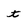
Character: t